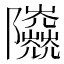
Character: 𨽰